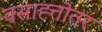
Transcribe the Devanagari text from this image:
वसाह्त्तोतर